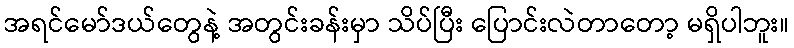
အရင်မော်ဒယ်တွေနဲ့ အတွင်းခန်းမှာ သိပ်ပြီး ပြောင်းလဲတာတော့ မရှိပါဘူး။